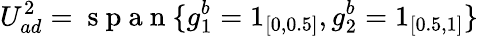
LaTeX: U_{ad}^{2}=\mathrm{~s~p~a~n~}\{ g_{1}^{b}=1_{[0,0.5]},g_{2}^{b}=1_{[0.5,1]}\}